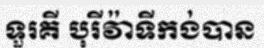
ទួរគី បុរីវ៉ាទីកង់បាន